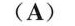
(A)